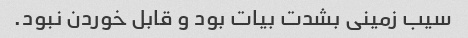
سیب زمینی بشدت بیات بود و قابل خوردن نبود.